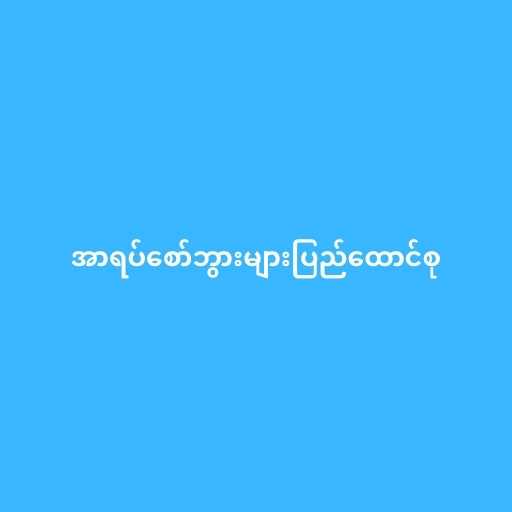
အာရပ်စော်ဘွားများပြည်ထောင်စု